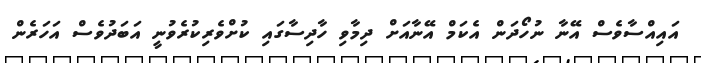
އައިއްސާވެސް އޭނާ ނުހޯދަން އެކަމް އޭނާއަށް ދިމާވި ހާދިސާގައި ކުށްވެރިކުރެވުނީ އަބަދުވެސް އަހަރެން